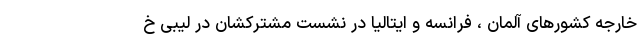
خارجه کشورهای آلمان ، فرانسه و ایتالیا در نشست مشترکشان در لیبی خ